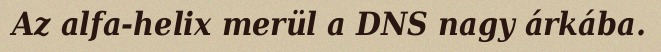
Az alfa-helix merül a DNS nagy árkába.